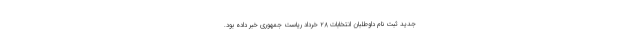
جدید ثبت نام داوطلبان انتخابات ۲۸ خرداد ریاست جمهوری خبر داده بود.